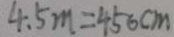
4 . 5 m = 4 5 6 c m